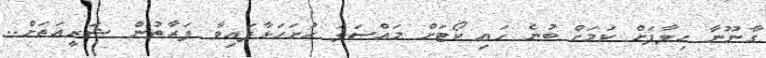
ގާނޫނާ ހިލާފަށް ކަމަށް ބުނެ ހައި ކޯޓަށް މައްސަލަ ހުށަހަޅާފައިވާ ފަރާތުން ޝަރީއަތަށް..